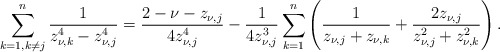
\begin{align*} \sum_{{k=1,k\neq j}}^n\dfrac{1}{z_{\nu,k}^4-z_{\nu,j}^4}=\dfrac{2-\nu-z_{\nu,j}}{4z_{\nu,j}^4}-\dfrac{1}{4z_{\nu,j}^3} \sum_{k=1}^n\left(\dfrac{1}{z_{\nu,j}+z_{\nu,k}}+\dfrac{2z_{\nu,j}}{z_{\nu,j}^2+z_{\nu,k}^2}\right).\end{align*}